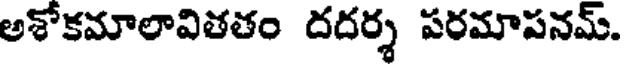
అశోకమాలావితతం దదర్శ పరమాపనమ్.